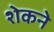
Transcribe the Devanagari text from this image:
शेकने